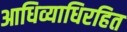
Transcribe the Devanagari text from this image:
आधिव्याधिरहित